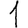
Digit: 1